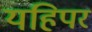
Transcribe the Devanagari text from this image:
यहिपर